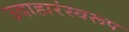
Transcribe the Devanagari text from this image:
उदाहारंस्वरूप